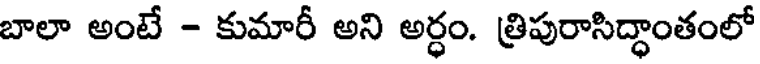
బాలా అంటే - కుమారీ అని అర్ధం. త్రిపురాసిద్ధాంతంలో